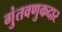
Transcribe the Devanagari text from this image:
गुंतवणुकदार